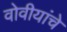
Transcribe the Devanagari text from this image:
वोवीयांचे